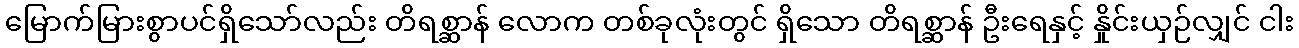
မြောက်မြားစွာပင်ရှိသော်လည်း တိရစ္ဆာန် လောက တစ်ခုလုံးတွင် ရှိသော တိရစ္ဆာန် ဦးရေနှင့် နှိုင်းယှဉ်လျှင် ငါး